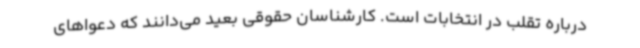
درباره تقلب در انتخابات است. کارشناسان حقوقی بعید می‌دانند که دعواهای